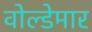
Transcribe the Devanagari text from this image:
वोल्डेमार